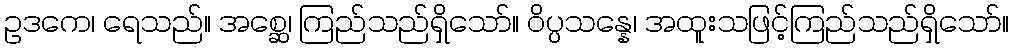
ဥဒကေ၊ ရေသည်။ အစ္ဆေ၊ ကြည်သည်ရှိသော်။ ဝိပ္ပသန္နေ၊ အထူးသဖြင့်ကြည်သည်ရှိသော်။